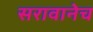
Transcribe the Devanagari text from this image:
सरावानेच